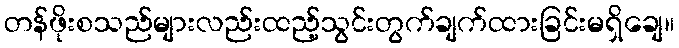
တန်ဖိုးစသည်များလည်းထည့်သွင်းတွက်ချက်ထားခြင်းမရှိချေ။